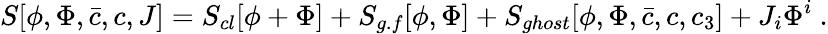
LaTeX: S[\phi,\Phi,\bar{c},c,J]=S_{cl}[\phi+\Phi]+S_{g.f}[\phi,\Phi]+S_{ghost}[\phi,\Phi,\bar{c},c,c_{3}]+J_{i}\Phi^{i}\ .